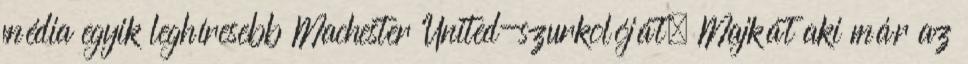
média egyik leghíresebb Machester United-szurkolóját, Majkát aki már az